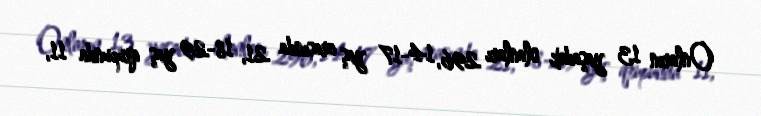
Onların 13 yaşadək olanları 296, 14-17 yaş arasında 21, 18-29 yaş qrupunda 11,